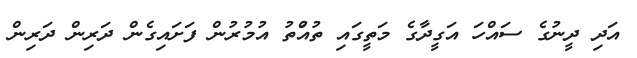
އަދި ދީނުގެ ސައްހަ އަގީދާގެ މަތީގައި ތުއްުތު އުމުރުން ފަށައިގެން ދަރިން ދަރިން